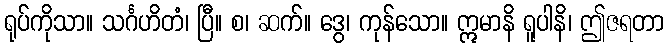
ရုပ်ကိုသာ။ သင်္ဂဟိတံ၊ ပြီ။ စ၊ ဆက်။ ဒွေ၊ ကုန်သော။ ဣမာနိ ရူပါနိ၊ ဤဇရတာ